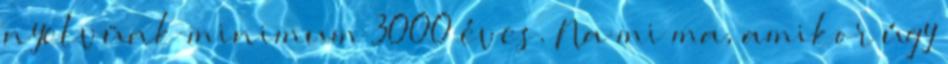
nyelvünk minimum 3000 éves. Na mi ma, amikor úgy